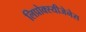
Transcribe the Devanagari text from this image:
लिप्रोक्स्यीजेनेस